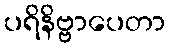
ပရိနိဗ္ဗာပေတာ